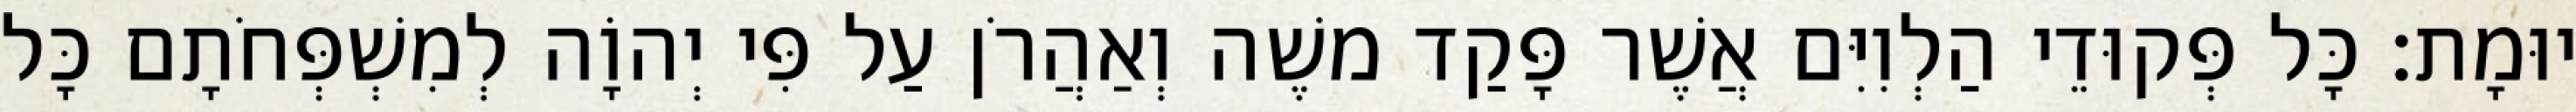
יוּמָת׃ כָּל פְּקוּדֵי הַלְוִיִּם אֲשֶׁר פָּקַד משֶׁה וְאַהֲרֹן עַל פִּי יְהוָֹה לְמִשְׁפְּחֹתָם כָּל